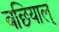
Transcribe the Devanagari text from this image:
बछियाल्